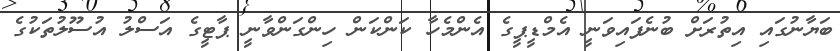
ބަޔާނުގައި އިތުރަށް ބުނެފައިވަނީ އެމްޑީޕީގެ އެންމެހާ ކަންކަން ހިންގަންވާނީ ޕާޓީގެ އަސްލު އުސޫލުތަކުގެ